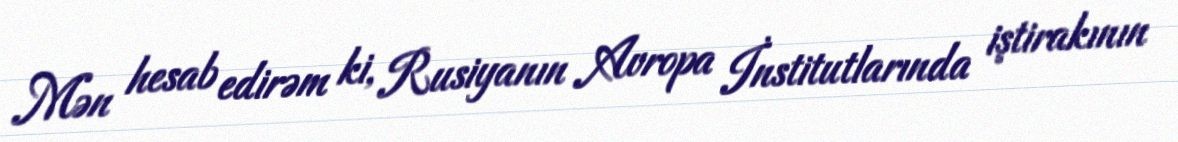
Mən hesab edirəm ki, Rusiyanın Avropa İnstitutlarında iştirakının